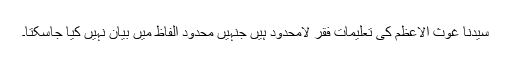
سیّدنا غوث الاعظمؓ کی تعلیماتِ فقر لامحدود ہیں جنہیں محدود الفاظ میں بیان نہیں کیا جاسکتا۔